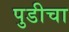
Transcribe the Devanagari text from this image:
पुडीचा